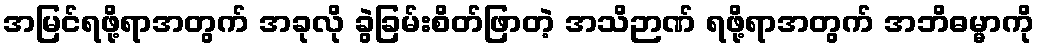
အမြင်ရဖို့ရာအတွက် အခုလို ခွဲခြမ်းစိတ်ဖြာတဲ့ အသိဉာဏ် ရဖို့ရာအတွက် အဘိဓမ္မာကို